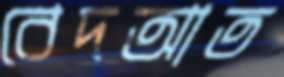
বেদআত